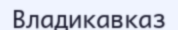
Владикавказ